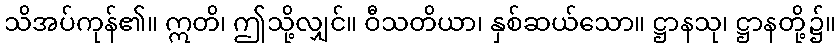
သိအပ်ကုန်၏။ ဣတိ၊ ဤသို့လျှင်။ ဝီသတိယာ၊ နှစ်ဆယ်သော။ ဋ္ဌာနသု၊ ဋ္ဌာနတို့၌။